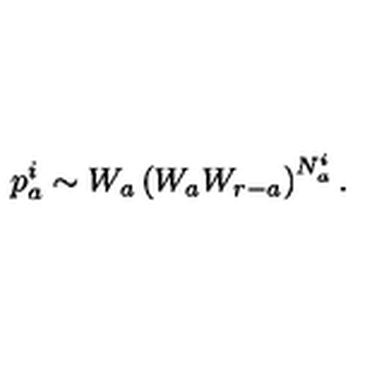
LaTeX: p _ { a } ^ { i } \sim W _ { a } \left( W _ { a } W _ { r - a } \right) ^ { N _ { a } ^ { i } } .